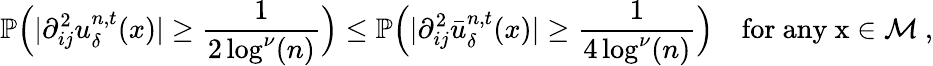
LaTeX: \mathbb{P}\Big(\vert\partial_{ij}^{2}u_{\delta}^{n,t}(x)\vert\geq\frac{1}{2\log^{\nu}(n)}\Big)\leq\mathbb{P}\Big(\vert\partial_{ij}^{2}\bar{u}_{\delta}^{n,t}(x)\vert\geq\frac{1}{4\log^{\nu}(n)}\Big)\quad\mathrm{for~any~x\in\mathcal{M}~,}